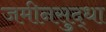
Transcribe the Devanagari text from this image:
जमीनसुद्धा